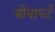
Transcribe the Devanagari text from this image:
बोनापर्ट